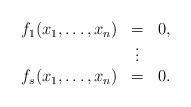
LaTeX: \begin{align*}\begin{array}{rcl}f_1(x_1, \ldots, x_n) & = & 0,\\& \vdots & \\f_s(x_1, \ldots, x_n) & = & 0.\end{array}\end{align*}